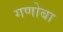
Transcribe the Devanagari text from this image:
गणोबा